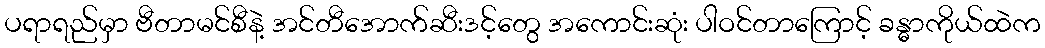
ပရာရည်မှာ ဗီတာမင်စီနဲ့ အင်တီအောက်ဆီးဒင့်တွေ အကောင်းဆုံး ပါဝင်တာကြောင့် ခန္ဓာကိုယ်ထဲက